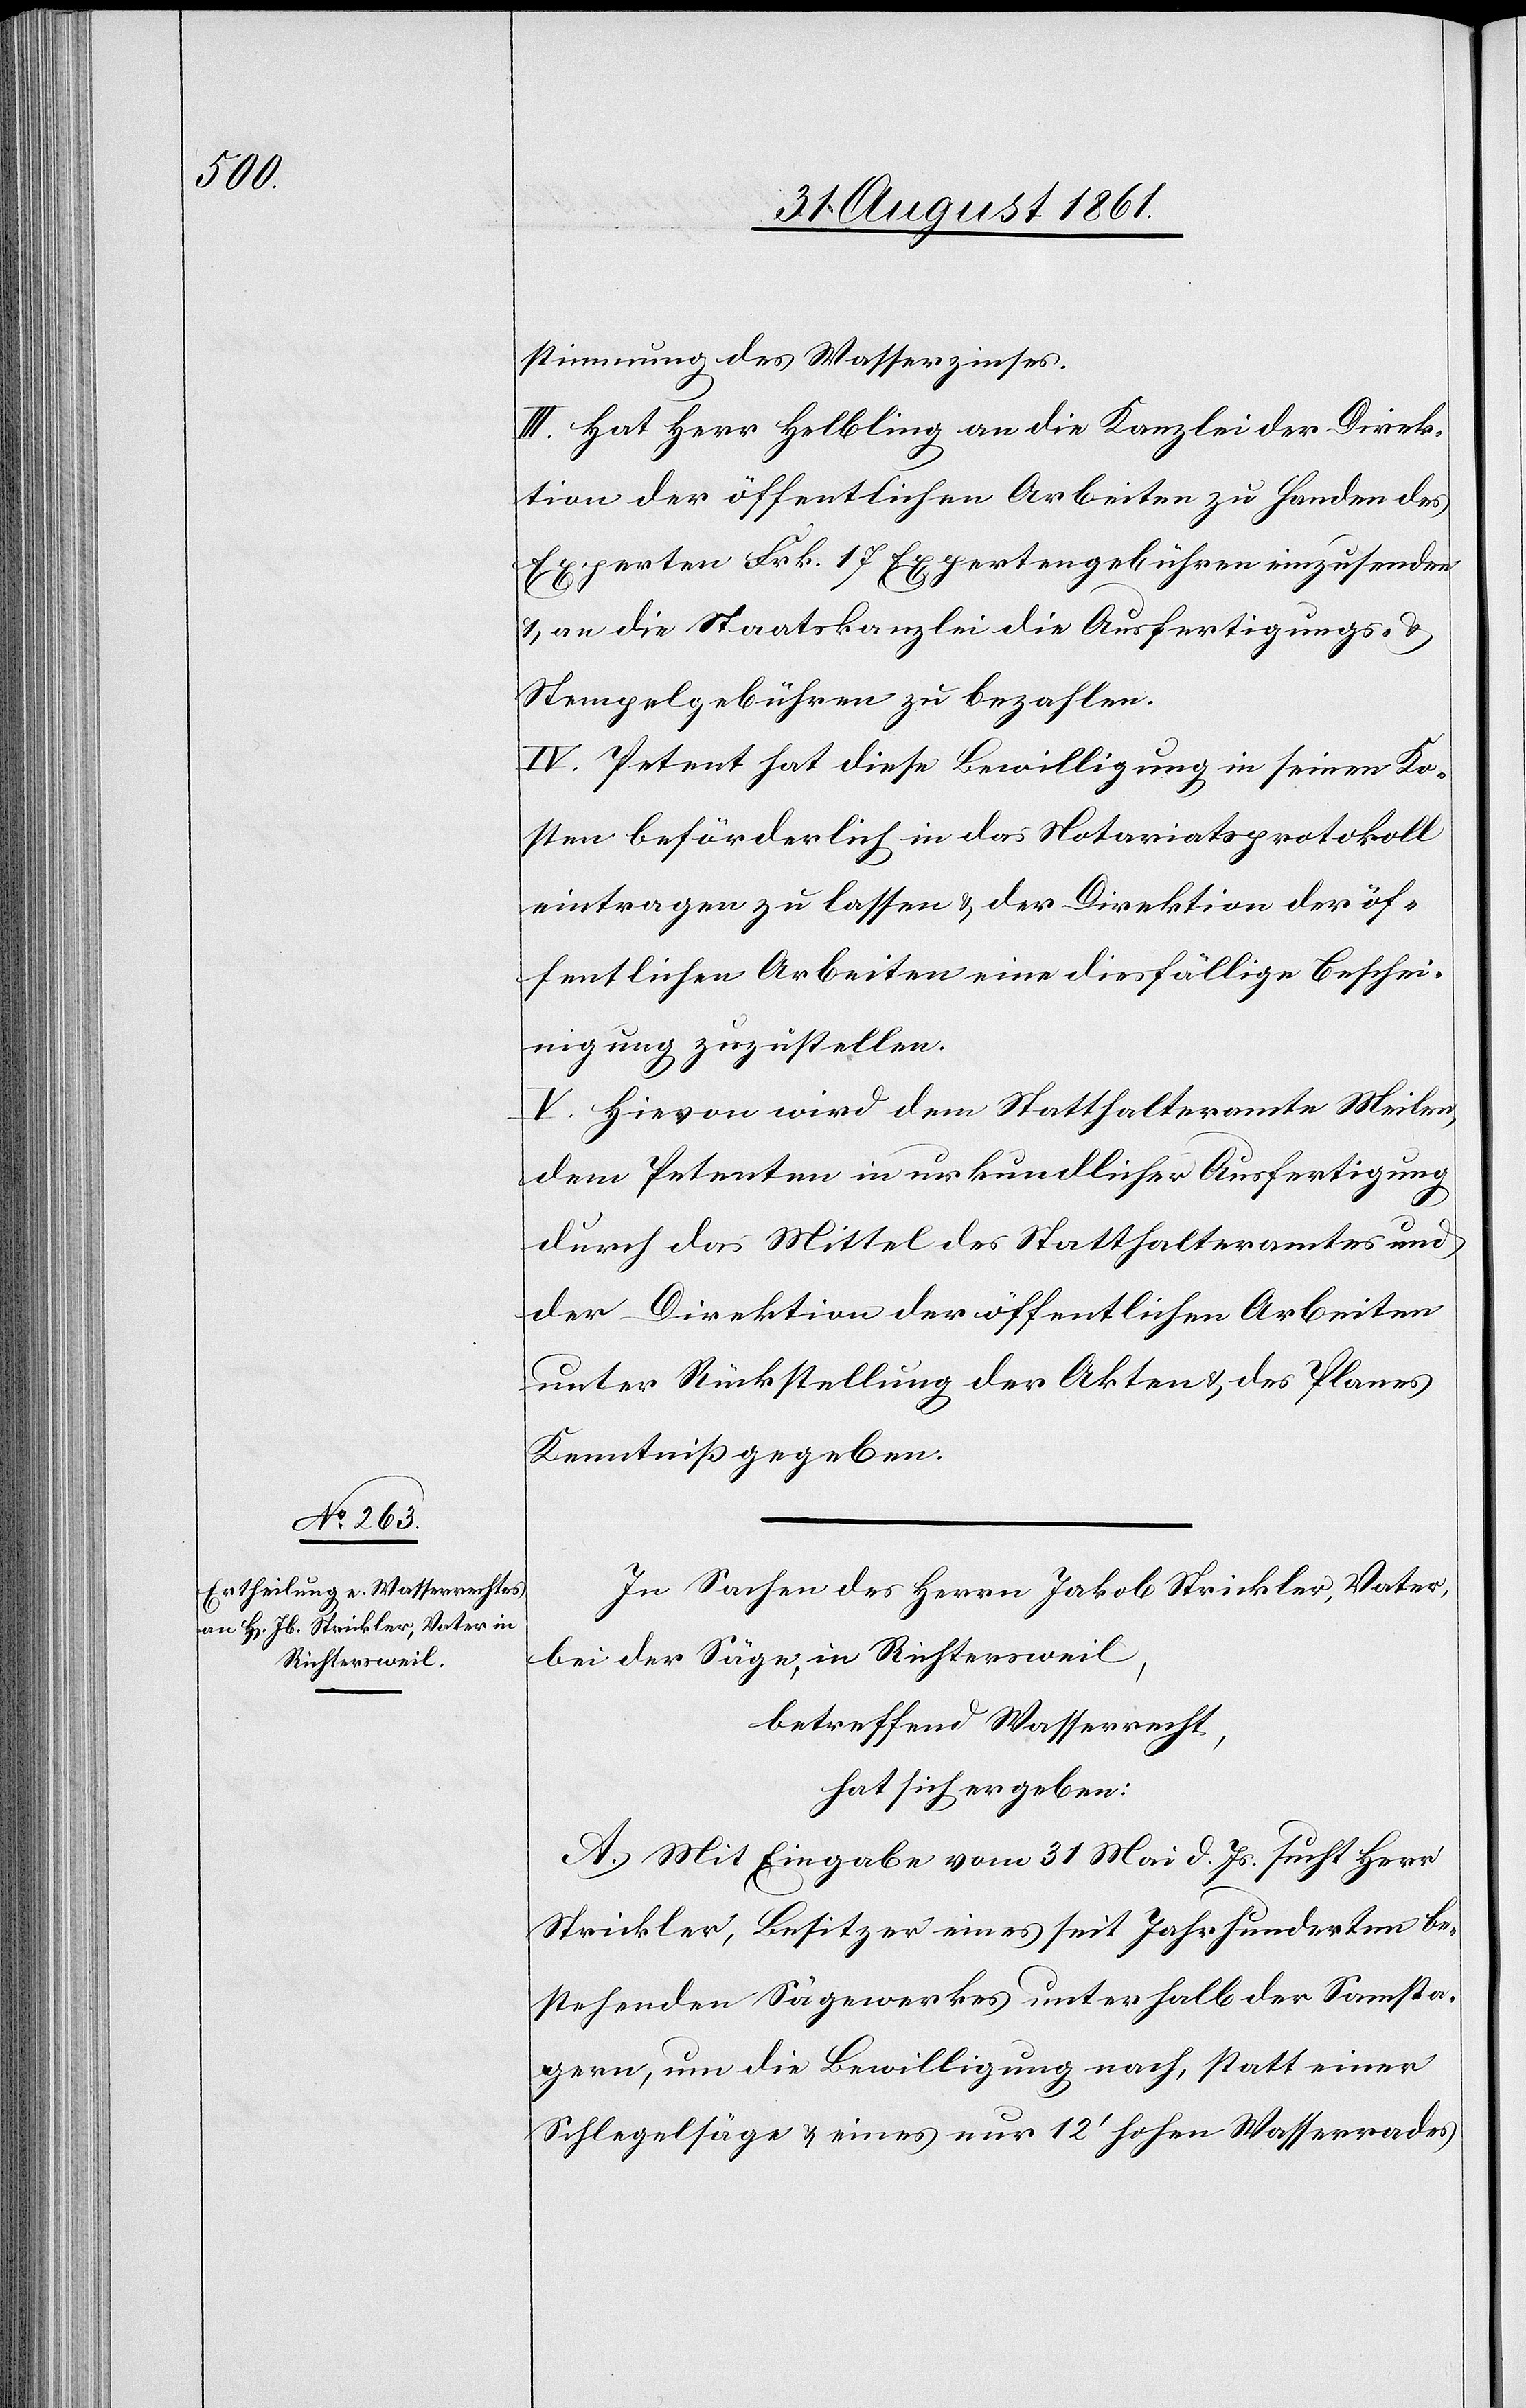
stimmung des Wasserzinses.
III. Hat Herr Helbling an die Kanzlei der Direk¬
tion der öffentlichen Arbeiten zu Handen des
Experten Frk. 17 Expertengebühren einzusenden
u. an die Staatskanzlei die Ausfertigungs- u.
Stempelgebühren zu bezahlen.
IV. Petent hat diese Bewilligung in seinen Ko¬
sten beförderlich in das Notariatsprotokoll
eintragen zu lassen u. der Direktion der öf¬
fentlichen Arbeiten eine diesfällige Beschei¬
nigung zuzustellen.
V. Hievon wird dem Statthalteramte Meilen,
dem Petenten in urkundlicher Ausfertigung
durch das Mittel des Statthalteramtes und
der Direktion der öffentlichen Arbeiten
unter Rückstellung der Akten u. des Planes
Kenntniß gegeben.
In Sachen des Herrn Jakob Strickler, Vater,
bei der Säge, in Richtersweil,
betreffend Wasserrecht,
hat sich ergeben:
A. Mit Eingabe vom 31 Mai d. Js. sucht Herr
Strickler, Besitzer eines seit Jahrhunderten be¬
stehenden Sägewerkes unterhalb der Samsta¬
gern, um die Bewilligung nach, statt einer
Schlegelsäge u. eines nur 12’ hohen Wasserrades